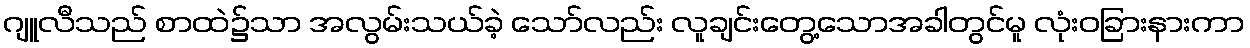
ဂျူလီသည် စာထဲ၌သာ အလွမ်းသယ်ခဲ့ သော်လည်း လူချင်းတွေ့သောအခါတွင်မူ လုံးဝခြားနားကာ